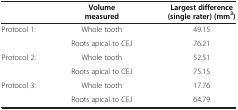
|  | Volume measured | Largest difference (single rater) (mm3) |
 | --- | --- | --- |
 | <ROWSPAN=2> Protocol 1: | Whole tooth | 49.15 |
 | Roots apical to CEJ | 76.21 |
 | <ROWSPAN=2> Protocol 2: | Whole tooth | 52.51 |
 | Roots apical to CEJ | 75.15 |
 | <ROWSPAN=2> Protocol 3: | Whole tooth | 17.76 |
 | Roots apical to CEJ | 64.79 |